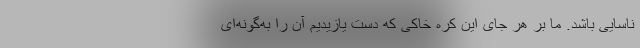
ناسایی باشد. ما بر هر جای این کره خاکی که دست یازیدیم آن را به‌گونه‌ای